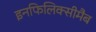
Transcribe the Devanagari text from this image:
इनफिलिक्सीमैब